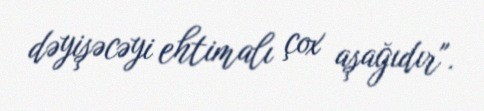
dəyişəcəyi ehtimalı çox aşağıdır".